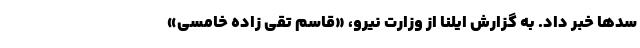
سدها خبر داد. به‌ گزارش ایلنا از وزارت نیرو، «قاسم تقی زاده خامسی»